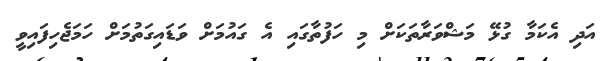
އަދި އެކަމާ ގުޅޭ މަޝްވަރާތަކަށް މި ހަފުތާގައި އެ ގައުމަށް ވަޑައިގަތުމަށް ހަމަޖެހިފައިވީ